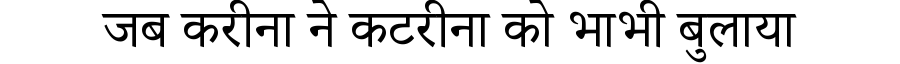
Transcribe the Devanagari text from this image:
जब करीना ने कटरीना को भाभी बुलाया